Annual report on the working of the lock hospitals in the Central Provinces
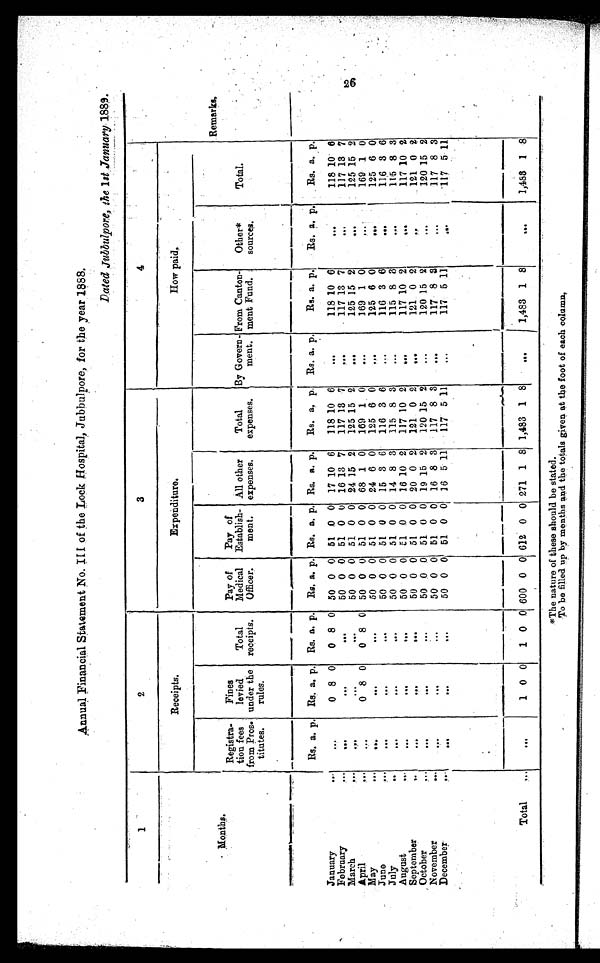
Annual Financial Statement No. III of the Lock Hospital, Jubbulpore, for the year 1888,
Dated Jubbulpore, the 1 st .January 1889.
1
2
3
4
Receipts.
Expenditure.
How paid.
M o n t h s .
Registra
tion fees
from Pros
titutes.
Fines
levied
under the
rules.
Total
receipts.
Pay of
Medical
Officer.
Pay of
Establish
ment.
All other
expenses.
Total
expenses.
By Govern
ment.
From Canton
ment Fund.
Other*
sources.
Total.
Remarks
.
Rs. a.
p . Rs. a. p. Rs. a. p. Rs. a. p. Rs. a. p. Rs. a. p. Rs. a. p. Rs. a. p.
Rs. a. p. Rs. a. p. Rs. a. p.
January
...
... . . . . . . 0 8 0 0 8 0 50 0 0 51 0 0 17 10 6 118 10 6
... . . . . . . 118 10 6
. . . . . . . . . . 118 10 6
February ...
. . . . . . . . .
. . . . . . . . . .
. . . . . . . . . 50 0 0 51 0 0 16 13 7 117 13 7
. . . . . . . . . 117 13 7
. . . . . .
. . . 117 13 7
March
. . . . . . . . .
. . . . . .
. . .
. . . . . . . . . 50 0 0 51 0 0 24 15 2 125 15 2
. . . . . . . . . 125 15 2
. . .
...... . . . . 125 15 2
April
...
. . . . . .
. . . 0 8 0 0 8 0 50 0 0 51 0 0 68 1 0 169 1 . 0
. . . . . . . . . 169 1 0
169 1 0
. . . . . . . . . .
May ...
. . . . . . . . .
. . . . . . . . .
. . . . . . . . . 50 0 0 51 0 0 24 6 0 125 6 0
. . . . . . . . . 125
0
125 6 0
. . . . . . . . . .
June ...
. . . . . . . . .
. . . . . . . . .
. . . . . . . . . 50 0 0 51 0 0 15 3 6 116 3 6
. . . . . . . . . 116 3 6
116 3 6
. . . . . . . . .
July
..
. . . . . . . . .
. . . . . . . . .
. . . . . . . . . 50 0 0 51 0 0 14 8 3 115 8 3
. . . . . . . . . 115 8 3
115 8 3
. . . . . . . . .
August
. . .
. . . . . . . . .
. . . . . . . . .
. . . . . . . . . 50 0 0
5 1 0 0 16 10 2 117 10 2
. . . . . . . . . 117 10 2
117 10 2
. . . . . . . . .
September
. . .
. . . . . . . . .
. . . . . . . . .
. . . . . . . . . 50 0 0 51 0 0 20 0 2 121 0 2
. . . . . . . . . 121 0 2
121 0 2
. . . . . . . . .
October ...
. . . . . . . . .
. . . . . . . . .
. . . . . . . . . 50 0 0 51 0 0 19 15 2 120 15 2
. . . . . . . . . 120 15 2
120 15 2
. . . . . . . . .
November
. . .
. . . . . . . . .
. . . . . . . . .
. . . . . . . . . 50 0 0 51 0 0 16 8 3 117 8 3
. . . . . . . . . 117 8 3
117 8 3
. . . . . . . . .
December
. . .
. . .
. . . . . .
. . .
. . . . . .
0 . . .
. . .
50
0
0 51 0
0
16 5 11 117 5 11
. . .
. . . . . .
117 5 11
117 5 11
. . .
. . .
. . .
Total
. . .
... . . . . . 1 0 0 1 0 0 600 0 0 612 0 0 271 1 8 1,483 1 8
... . . . . . . 1,483 1 8
. . .
...
. . . 1,483 1 8
*The nature of these should be stated.
To be filled up by months and the totals given at the foot of each column,
26